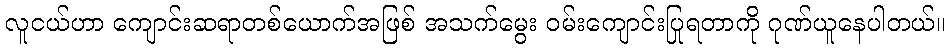
လူငယ်ဟာ ကျောင်းဆရာတစ်ယောက်အဖြစ် အသက်မွေး ဝမ်းကျောင်းပြုရတာကို ဂုဏ်ယူနေပါတယ်။